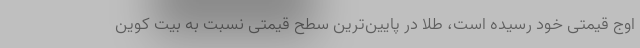
اوج قیمتی خود رسیده است، طلا در پایین‌ترین سطح قیمتی نسبت به بیت کوین